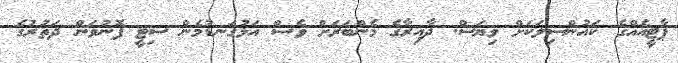
ޕާޓީއެއްގެ ކައުންސިލަކަށް ވިޔަސް. ދާއިރާގެ މެންބަރަށް ވެސް އަޅުގަނޑުމެން ސިޓީ ފޮނުވަން ދަތުރުގެ